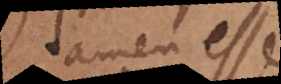
tamen esse,